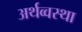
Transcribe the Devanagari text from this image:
अर्थव्वस्था